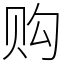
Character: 购